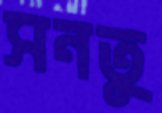
সনতু